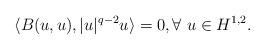
LaTeX: \begin{align*}\langle B(u,u),|u|^{q-2}u\rangle=0, \forall \ u \in H^{1,2}.\end{align*}